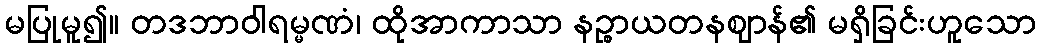
မပြုမူ၍။ တဒဘာဝါရမ္မဏံ၊ ထိုအာကာသာ နဉ္စာယတနဈာန်၏ မရှိခြင်းဟူသော